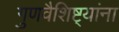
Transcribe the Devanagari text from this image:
गुणवैशिष्ट्यांना